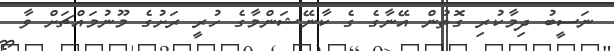
ނަސީބު ދިމާކުރި ގޮތުން އޭނާގެ ގެ ކާނޭޝަންމާގެ ހުރީ ރަށުގެ މޫނުމައްޗަށް ވާ